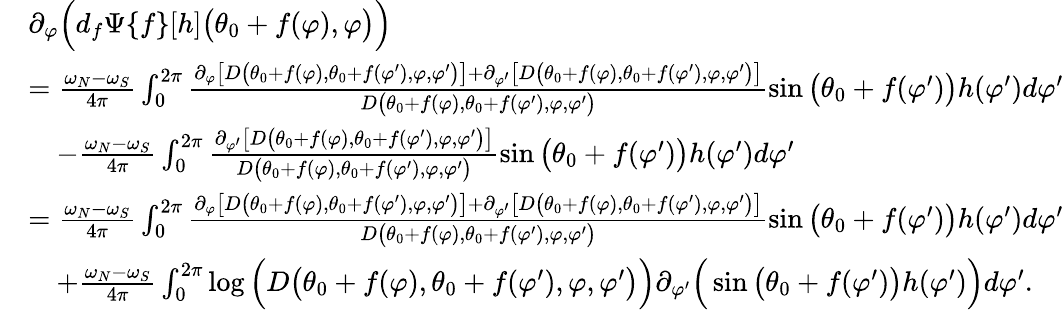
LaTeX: \begin{array}{rl}&{\partial_{\varphi}\Big(d_{f}\Psi\{ f\} [h]\big(\theta_{0}+f(\varphi),\varphi\big)\Big)}\\ &{=\frac{\omega_{N}-\omega_{S}}{4\pi}\int_{0}^{2\pi}\frac{\partial_{\varphi}\big[D\big(\theta_{0}+f(\varphi),\theta_{0}+f(\varphi^{\prime}),\varphi,\varphi^{\prime}\big)\big]+\partial_{\varphi^{\prime}}\big[D\big(\theta_{0}+f(\varphi),\theta_{0}+f(\varphi^{\prime}),\varphi,\varphi^{\prime}\big)\big]}{D\big(\theta_{0}+f(\varphi),\theta_{0}+f(\varphi^{\prime}),\varphi,\varphi^{\prime}\big)}\sin\big(\theta_{0}+f(\varphi^{\prime})\big)h(\varphi^{\prime})d\varphi^{\prime}}\\ &{\quad-\frac{\omega_{N}-\omega_{S}}{4\pi}\int_{0}^{2\pi}\frac{\partial_{\varphi^{\prime}}\big[D\big(\theta_{0}+f(\varphi),\theta_{0}+f(\varphi^{\prime}),\varphi,\varphi^{\prime}\big)\big]}{D\big(\theta_{0}+f(\varphi),\theta_{0}+f(\varphi^{\prime}),\varphi,\varphi^{\prime}\big)}\sin\big(\theta_{0}+f(\varphi^{\prime})\big)h(\varphi^{\prime})d\varphi^{\prime}}\\ &{=\frac{\omega_{N}-\omega_{S}}{4\pi}\int_{0}^{2\pi}\frac{\partial_{\varphi}\big[D\big(\theta_{0}+f(\varphi),\theta_{0}+f(\varphi^{\prime}),\varphi,\varphi^{\prime}\big)\big]+\partial_{\varphi^{\prime}}\big[D\big(\theta_{0}+f(\varphi),\theta_{0}+f(\varphi^{\prime}),\varphi,\varphi^{\prime}\big)\big]}{D\big(\theta_{0}+f(\varphi),\theta_{0}+f(\varphi^{\prime}),\varphi,\varphi^{\prime}\big)}\sin\big(\theta_{0}+f(\varphi^{\prime})\big)h(\varphi^{\prime})d\varphi^{\prime}}\\ &{\quad+\frac{\omega_{N}-\omega_{S}}{4\pi}\int_{0}^{2\pi}\log\Big(D\big(\theta_{0}+f(\varphi),\theta_{0}+f(\varphi^{\prime}),\varphi,\varphi^{\prime}\big)\Big)\partial_{\varphi^{\prime}}\Big(\sin\big(\theta_{0}+f(\varphi^{\prime})\big)h(\varphi^{\prime})\Big)d\varphi^{\prime}.}\end{array}